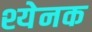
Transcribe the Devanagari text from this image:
श्येनक